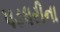
પડધરીના